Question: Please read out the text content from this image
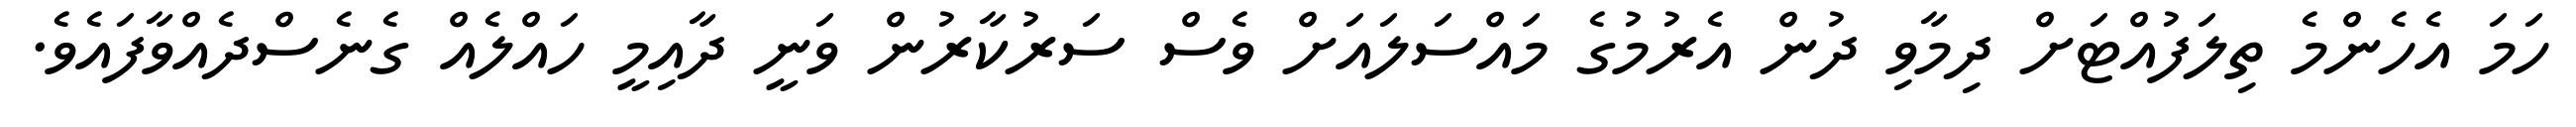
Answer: ހަމަ އެހެންމެ ތިލަފުއްޓަށް ދިމާވި ދުން އެރުމުގެ މައްސަލައަށް ވެސް ސަރުކާރުން ވަނީ ދާއިމީ ހައްލެއް ގެނެސްދެއްވާފައެވެ.